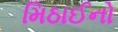
મિઠાઈનો